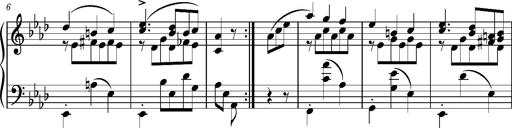
Title: Album-Leaf "Portugal", S.166b
Composer: Franz Liszt
Key: A-flat major